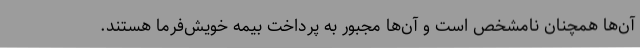
آن‌ها همچنان نامشخص است و آن‌ها مجبور به پرداخت بیمه خویش‌فرما هستند.